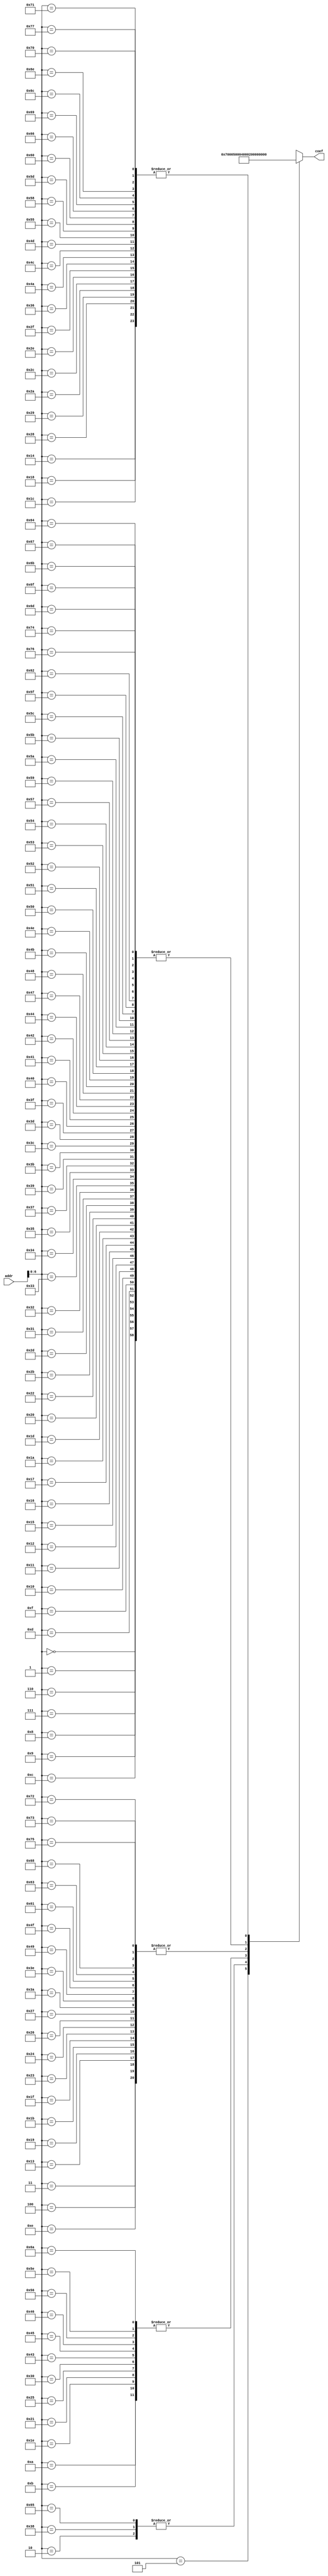
/*
date:2018/5/8
FPGA
2FFT-verilog2
*/

module fA_sram_1 #(
  parameter WIDTH_A = 12
)
(
   input [WIDTH_A-1:0] addr,
   
   output[15:0]  coef

);

wire [15:0] Coef [0:119];
assign Coef[0] = 'h0001;
assign Coef[1] = 'h0001;
assign Coef[2] = 'h0005;
assign Coef[3] = 'h0002;
assign Coef[4] = 'h0002;
assign Coef[5] = 'h0007;
assign Coef[6] = 'h0001;
assign Coef[7] = 'h0001;
assign Coef[8] = 'h0001;
assign Coef[9] = 'h0001;
assign Coef[10] = 'h0004;
assign Coef[11] = 'h0004;
assign Coef[12] = 'h0001;
assign Coef[13] = 'h0001;
assign Coef[14] = 'h0002;
assign Coef[15] = 'h0001;
assign Coef[16] = 'h0001;
assign Coef[17] = 'h0001;
assign Coef[18] = 'h0001;
assign Coef[19] = 'h0002;
assign Coef[20] = 'h0003;
assign Coef[21] = 'h0001;
assign Coef[22] = 'h0001;
assign Coef[23] = 'h0001;
assign Coef[24] = 'h0003;
assign Coef[25] = 'h0002;
assign Coef[26] = 'h0001;
assign Coef[27] = 'h0002;
assign Coef[28] = 'h0003;
assign Coef[29] = 'h0001;
assign Coef[30] = 'h0004;
assign Coef[31] = 'h0002;
assign Coef[32] = 'h0001;
assign Coef[33] = 'h0004;
assign Coef[34] = 'h0001;
assign Coef[35] = 'h0002;
assign Coef[36] = 'h0002;
assign Coef[37] = 'h0004;
assign Coef[38] = 'h0002;
assign Coef[39] = 'h0002;
assign Coef[40] = 'h0003;
assign Coef[41] = 'h0003;
assign Coef[42] = 'h0003;
assign Coef[43] = 'h0001;
assign Coef[44] = 'h0003;
assign Coef[45] = 'h0001;
assign Coef[46] = 'h0003;
assign Coef[47] = 'h0003;
assign Coef[48] = 'h0004;
assign Coef[49] = 'h0001;
assign Coef[50] = 'h0001;
assign Coef[51] = 'h0001;
assign Coef[52] = 'h0001;
assign Coef[53] = 'h0001;
assign Coef[54] = 'h0003;
assign Coef[55] = 'h0001;
assign Coef[56] = 'h0005;
assign Coef[57] = 'h0001;
assign Coef[58] = 'h0002;
assign Coef[59] = 'h0001;
assign Coef[60] = 'h0001;
assign Coef[61] = 'h0001;
assign Coef[62] = 'h0002;
assign Coef[63] = 'h0001;
assign Coef[64] = 'h0001;
assign Coef[65] = 'h0001;
assign Coef[66] = 'h0001;
assign Coef[67] = 'h0004;
assign Coef[68] = 'h0001;
assign Coef[69] = 'h0004;
assign Coef[70] = 'h0004;
assign Coef[71] = 'h0001;
assign Coef[72] = 'h0001;
assign Coef[73] = 'h0002;
assign Coef[74] = 'h0003;
assign Coef[75] = 'h0001;
assign Coef[76] = 'h0003;
assign Coef[77] = 'h0003;
assign Coef[78] = 'h0001;
assign Coef[79] = 'h0002;
assign Coef[80] = 'h0001;
assign Coef[81] = 'h0001;
assign Coef[82] = 'h0001;
assign Coef[83] = 'h0001;
assign Coef[84] = 'h0001;
assign Coef[85] = 'h0003;
assign Coef[86] = 'h0004;
assign Coef[87] = 'h0001;
assign Coef[88] = 'h0003;
assign Coef[89] = 'h0001;
assign Coef[90] = 'h0001;
assign Coef[91] = 'h0001;
assign Coef[92] = 'h0001;
assign Coef[93] = 'h0003;
assign Coef[94] = 'h0004;
assign Coef[95] = 'h0001;
assign Coef[96] = 'h0003;
assign Coef[97] = 'h0002;
assign Coef[98] = 'h0001;
assign Coef[99] = 'h0002;
assign Coef[100] = 'h0001;
assign Coef[101] = 'h0005;
assign Coef[102] = 'h0003;
assign Coef[103] = 'h0001;
assign Coef[104] = 'h0002;
assign Coef[105] = 'h0003;
assign Coef[106] = 'h0004;
assign Coef[107] = 'h0001;
assign Coef[108] = 'h0003;
assign Coef[109] = 'h0001;
assign Coef[110] = 'h0003;
assign Coef[111] = 'h0001;
assign Coef[112] = 'h0003;
assign Coef[113] = 'h0003;
assign Coef[114] = 'h0002;
assign Coef[115] = 'h0002;
assign Coef[116] = 'h0001;
assign Coef[117] = 'h0002;
assign Coef[118] = 'h0001;
assign Coef[119] = 'h0003;

assign   coef= Coef[addr];
endmodule